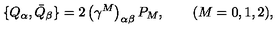
\{ Q _ { \alpha } , { \bar { Q } } _ { \beta } \} = 2 \left( \gamma ^ { M } \right) _ { \alpha \beta } P _ { M } , \qquad ( M = 0 , 1 , 2 ) ,